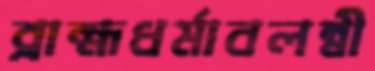
ব্রাহ্মধর্মাবলম্বী